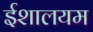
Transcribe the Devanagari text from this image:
ईशालयम